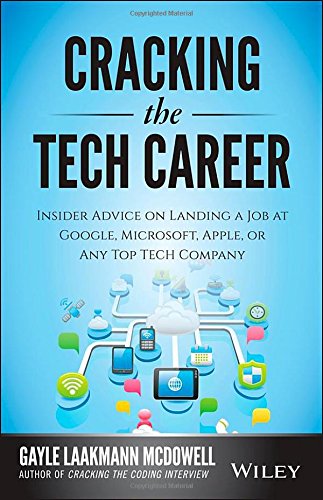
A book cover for Cracking the Tech Career: Insider Advice on Landing a Job at Google, Microsoft, Apple, or any Top Tech Company; Gayle Laakmann McDowell; Business & Money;